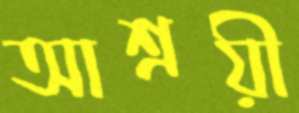
আশ্রয়ী